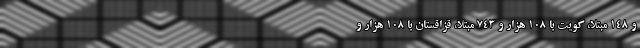
و ۱۴۸ مبتلا، کویت با ۱۰۸ هزار و ۷۴۳ مبتلا، قزاقستان با ۱۰۸ هزار و